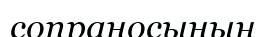
сопраносының